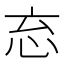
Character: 𭜘